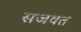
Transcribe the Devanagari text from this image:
सजवत